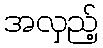
အလှည့်